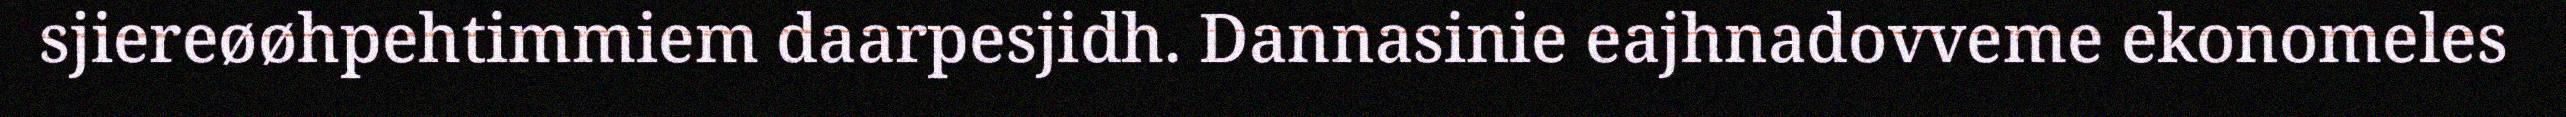
sjiereøøhpehtimmiem daarpesjidh. Dannasinie eajhnadovveme ekonomeles